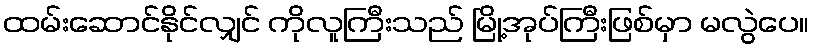
ထမ်းဆောင်နိုင်လျှင် ကိုလူကြီးသည် မြို့အုပ်ကြီးဖြစ်မှာ မလွဲပေ။